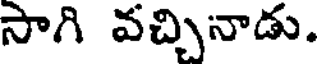
సాగి వచ్చినాడు.